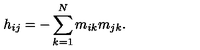
h _ { i j } = - \sum _ { k = 1 } ^ { N } m _ { i k } m _ { j k } .